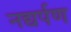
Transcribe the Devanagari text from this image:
नद्यर्पण